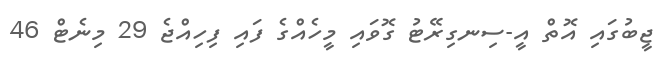
ޖީބުގައި އޮތް އީ-ސިނގިރޭޓު ގޮވައި މީހެއްގެ ފައި ފިހިއްޖެ 29 މިނެޓް 46